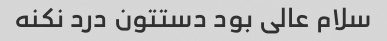
سلام عالی بود دستتون درد نکنه